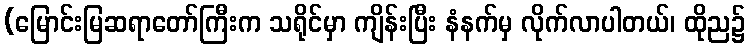
(မြောင်းမြဆရာတော်ကြီးက သရိုင်မှာ ကျိန်းပြီး နံနက်မှ လိုက်လာပါတယ်၊ ထိုည၌